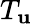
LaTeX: T_{\mathbf{u}}